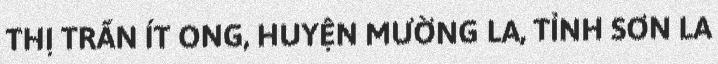
THỊ TRẤN ÍT ONG, HUYỆN MƯỜNG LA, TỈNH SƠN LA